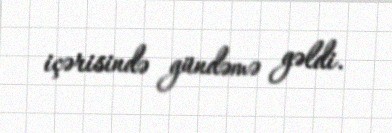
içərisində gündəmə gəldi.